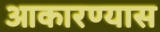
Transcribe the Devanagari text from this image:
आकारण्यास